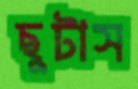
ছুটাস